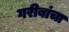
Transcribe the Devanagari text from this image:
गरीबांचा